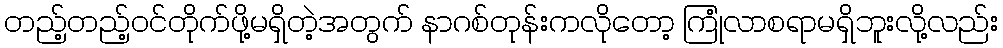
တည့်တည့်ဝင်တိုက်ဖို့မရှိတဲ့အတွက် နာဂစ်တုန်းကလိုတော့ ကြုံလာစရာမရှိဘူးလို့လည်း